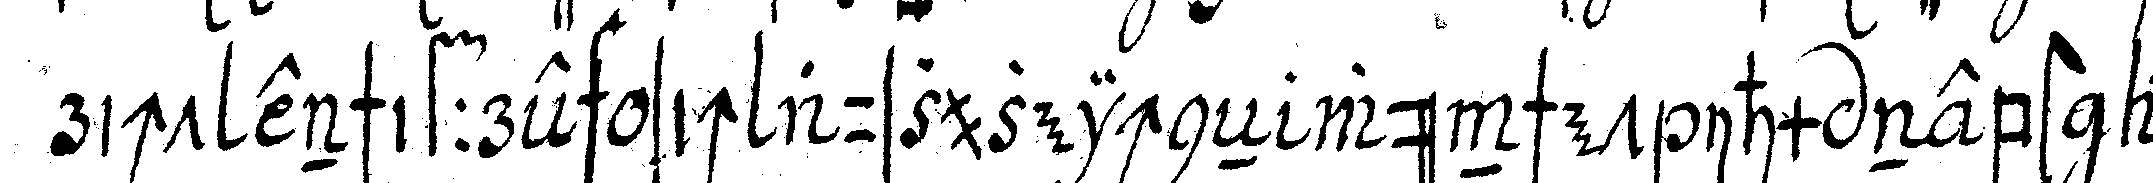
richt enschiffre sich auszuzeichneN wünschet ihm nebst al